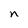
Character: n